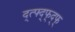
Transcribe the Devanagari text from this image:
द्त्फ्द्फ्द्फ्